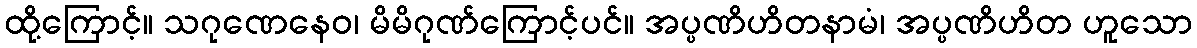
ထို့ကြောင့်။ သဂုဏေနေဝ၊ မိမိဂုဏ်ကြောင့်ပင်။ အပ္ပဏိဟိတနာမံ၊ အပ္ပဏိဟိတ ဟူသော